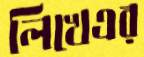
লিখেএর